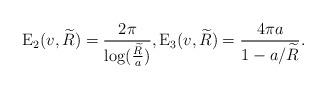
LaTeX: \begin{align*}\mathrm{E}_{2}(v,\widetilde{R})=\frac{2\pi}{\log (\frac{\widetilde R}{a})},\mathrm{E}_{3}(v,\widetilde{R})=\frac{4\pi a}{1-a/\widetilde R}.\end{align*}